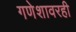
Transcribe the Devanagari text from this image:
गणेशावरही